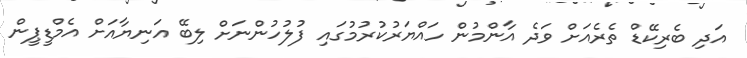
އަދި ބެރިކޭޑް ތެރެއަށް ވަދެ އާންމުން ހައްޔަރުކުރުމުގައި ފުލުހުންނަށް ލިބޭ އަނިޔާއަށް އެމްޑީޕީން